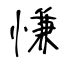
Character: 慊